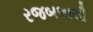
રજબઅલી